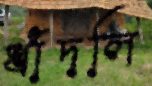
ধাঁদলি